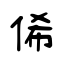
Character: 俙